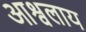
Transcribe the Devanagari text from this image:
आश्वलाय